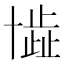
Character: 𠦾